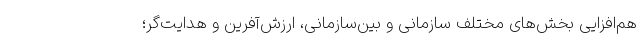
هم‌افزایی بخش‌های مختلف سازمانی و بین­سازمانی، ارزش­آفرین و هدایت­گر؛